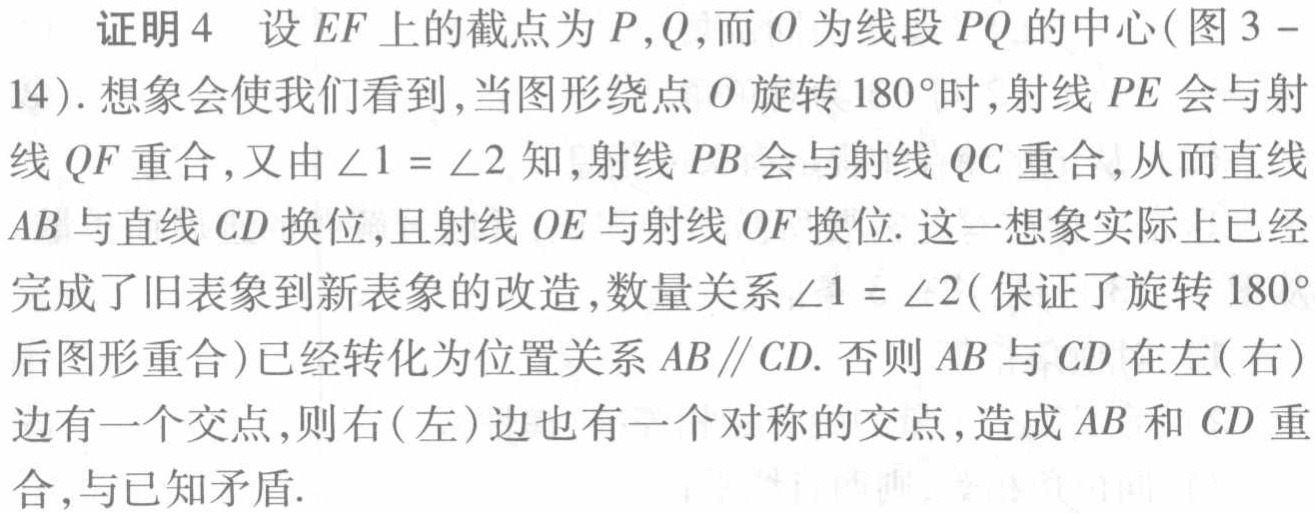
证明4 设\(EF\)上的截点为\(P,Q\)，而\(O\)为线段\(PQ\)的中心(图\(3 - 14\))。想象会使我们看到，当图形绕点\(O\)旋转\(180^{\circ}\)时，射线\(PE\)会与射线\(QF\)重合，又由\(\angle 1 = \angle 2\)知，射线\(PB\)会与射线\(QC\)重合，从而直线\(AB\)与直线\(CD\)换位，且射线\(OE\)与射线\(OF\)换位。这一想象实际上已经完成了旧表象到新表象的改造，数量关系\(\angle 1 = \angle 2\)(保证了旋转\(180^{\circ}\)后图形重合)已经转化为位置关系\(AB\parallel CD\)。否则\(AB\)与\(CD\)在左(右)边有一个交点，则右(左)边也有一个对称的交点，造成\(AB\)和\(CD\)重合，与已知矛盾。